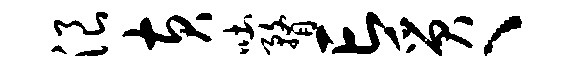
浪黄吐瞀亡质、